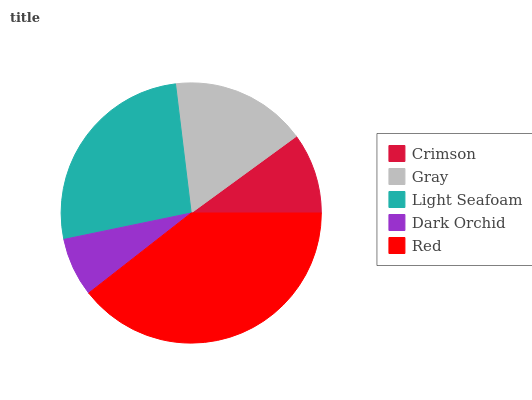
| Crimson | Gray | Light Seafoam | Dark Orchid | Red |
 | --- | --- | --- | --- | --- |
 | 10% | 16.9% | 26.3% | 7.31% | 39.5% |